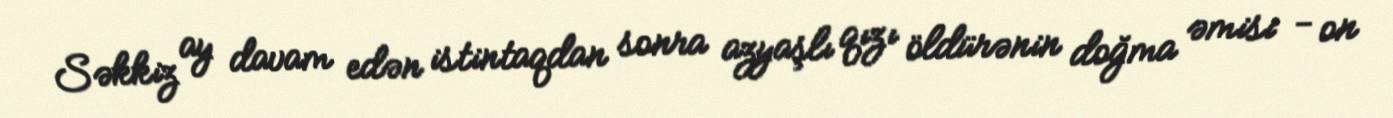
Səkkiz ay davam edən istintaqdan sonra azyaşlı qızı öldürənin doğma əmisi - on